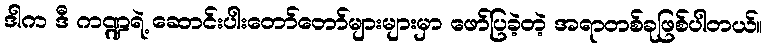
ဒါက ဒီ ကဏ္ဍရဲ့ ဆောင်းပါးတော်တော်များများမှာ ဖော်ပြခဲ့တဲ့ အရာတစ်ခုဖြစ်ပါတယ်။